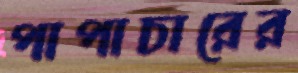
পাপাচারের